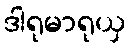
ဒါရုမာရုယှ